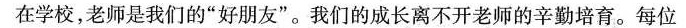
在学校，老师是我们的”好朋友”。我们的成长离不开老师的辛勤培育。每位